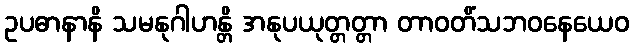
ဥပဓာနာနိ သမနုဂါဟန္တိ အနုပယုတ္တတ္တာ တာဝတိံသဘဝနေယေဝ